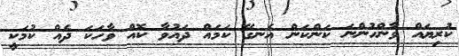
ކުރިޔައް ވާންހުންނަ ކަންކަން އެނގޭ ކަމައް ދައުވާ ކޮއް ވާހަކަ ދެއް ކުމަކީ